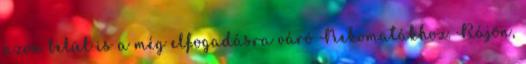
azon belül is a még elfogadásra váró Nekomatákhoz. Rájön,